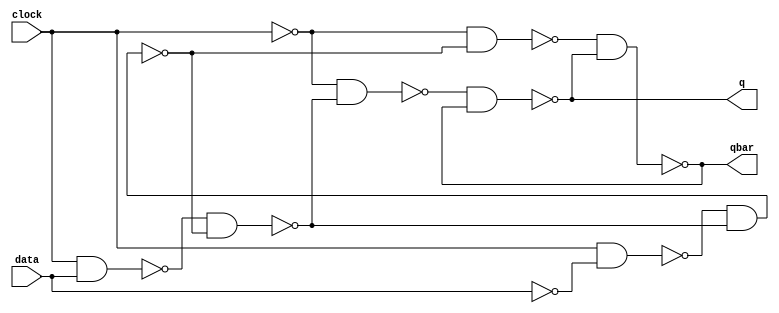
//Alan Achtenberg
//Lab 7
//Part 3

module DFF (q,qbar,clock,data);
	output q, qbar;
	input clock, data;
	
	wire databar, clockbar;
	wire master_nand1, master_nand2;
	wire nand1, nand2;
	wire master_q, master_qbar;
	
	
	not #1	(databar, data);
	not #1		(clockbar, clock);
	//Master
	nand #1 m1(master_nand1,clock, data);
	nand #1 m2(master_nand2,clock, databar);
	nand #1 m3(master_qbar,master_nand2,master_q);
	nand #1 m4(master_q,master_nand1,master_qbar);
	//Slave
	nand #1 s1(nand1,clockbar, master_q);
	nand #1 s2(nand2,clockbar, master_qbar);
	nand #1 s3(qbar,nand2,q);
	nand #1 s4(q,nand1,qbar);
	
endmodule



module m555(clock);
    parameter InitDelay = 10, Ton = 50, Toff = 50;
    output clock;
    reg clock;

    initial begin
        #InitDelay clock = 1;
    end

    always begin
        #Ton clock = ~clock;
        #Toff clock = ~clock;
    end
endmodule

module testD(q, qbar, clock, data);
    input  q, qbar, clock;
    output data;
    reg    data;

    initial begin
        $monitor ($time, " q = %d, qbar = %d, clock = %d, data = %d", q, qbar, clock, data);
        data = 0;
        #25  
        data = 1;
        #100 
        data = 0;
        #50 
        data = 1;
        #50 
        data = 0;
        #100 
        data = 1;
        #50 
        data = 0;
        #50 
        data = 1;
        #100
        $finish; /* $finish simulation after 100 time simulation units */
    end
endmodule

module testBenchD;
    wire clock, q, qbar, data;
    m555 clk(clock);
    DFF dff(q, qbar, clock, data);
    testD td(q, qbar, clock, data);
endmodule